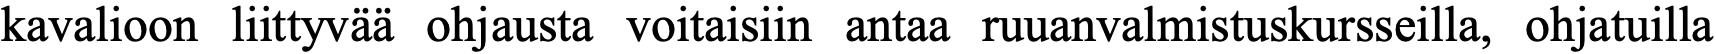
kavalioon liittyvää ohjausta voitaisiin antaa ruuanvalmistuskursseilla, ohjatuilla